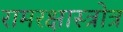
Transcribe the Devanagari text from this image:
रामरक्षास्त्रोत्र